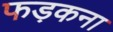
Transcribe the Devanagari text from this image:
फड़कना